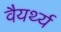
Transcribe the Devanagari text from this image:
वैयर्थ्य